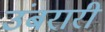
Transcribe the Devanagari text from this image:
उंबरारी